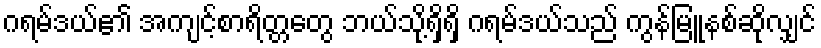
ဂရမ်ဒယ်၏ အကျင့်စာရိတ္တတွေ ဘယ်သို့ရှိရှိ ဂရမ်ဒယ်သည် ကွန်မြူနစ်ဆိုလျှင်